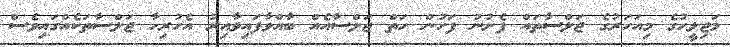
މަޖިލީހުގެ މިއަހަރުގެ ޖަލްސާތައް ފެށުނު ފަހުން ހަތް ޖަލްސާއެއް ބާއްވާފައިވާއިރު އެހުރިހާ ޖަލްސާތަކެއްގައިވެސް